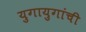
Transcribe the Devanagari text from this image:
युगायुगांची